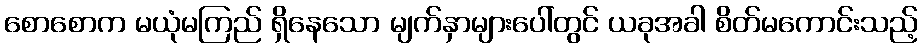
စောစောက မယုံမကြည် ရှိနေသော မျက်နှာများပေါ်တွင် ယခုအခါ စိတ်မကောင်းသည့်